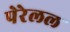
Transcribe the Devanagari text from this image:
पेरेलल